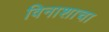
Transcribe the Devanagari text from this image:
विनाशाचा